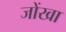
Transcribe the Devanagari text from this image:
जोंखा